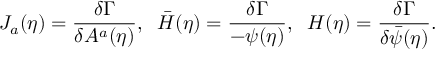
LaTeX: J _ { a } ( \eta ) = \frac { \delta \Gamma } { \delta A ^ { a } ( \eta ) } , \; \; \bar { H } ( \eta ) = \frac { \delta \Gamma } { - \psi ( \eta ) } , \; \; H ( \eta ) = \frac { \delta \Gamma } { \delta \bar { \psi } ( \eta ) } .